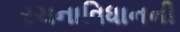
રચનાવિધાનની